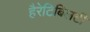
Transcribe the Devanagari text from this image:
हैरेटिबिलटी